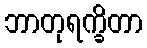
ဘာတုရက္ခိတာ